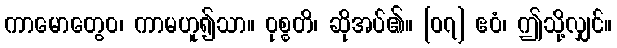
ကာမောတွေဝ၊ ကာမဟူ၍သာ။ ဝုစ္စတိ၊ ဆိုအပ်၏။ [၀၇] ဧဝံ၊ ဤသို့လျှင်။